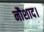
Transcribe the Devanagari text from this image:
नौशाद।